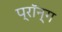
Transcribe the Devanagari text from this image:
प्रॉन्ग